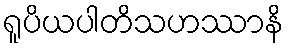
ရူပိယပါတိသဟဿာနိ